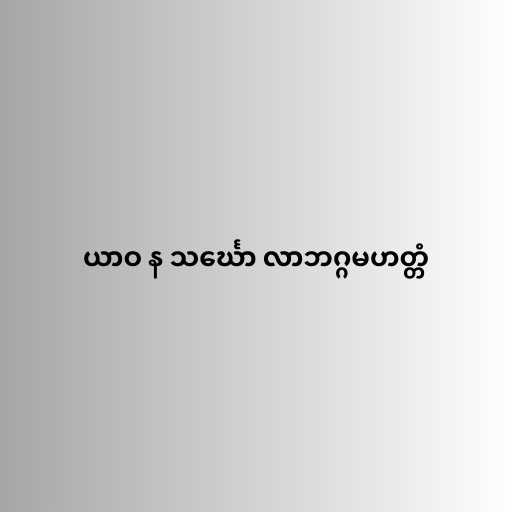
ယာဝ န သင်္ဃော လာဘဂ္ဂမဟတ္တံ